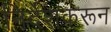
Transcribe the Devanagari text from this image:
निर्देशकरून